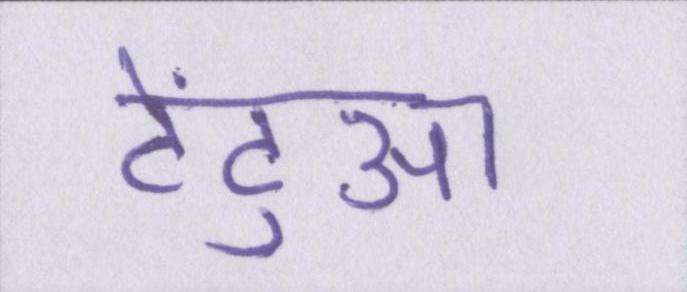
टेंटुआ